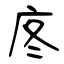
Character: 庝